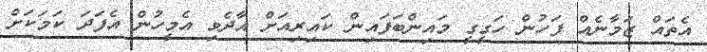
އެތައް ޒަމާނެއް ފަހުން ހަގީގީ މައިންބަފައިން ކައިރިއަށް އާދެވި އެމީހުން އެފަދަ ކަމަކަށް